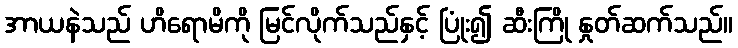
အာယနဲသည် ဟိရောမိကို မြင်လိုက်သည်နှင့် ပြုံး၍ ဆီးကြို နှုတ်ဆက်သည်။